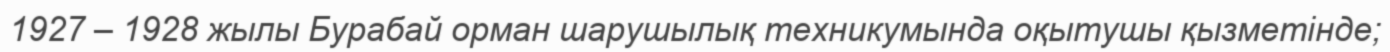
1927 – 1928 жылы Бурабай орман шарушылық техникумында оқытушы қызметінде;